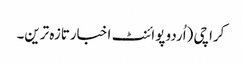
کراچی (اُردو پوائنٹ اخبارتازہ ترین۔